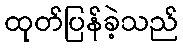
ထုတ်ပြန်ခဲ့သည်